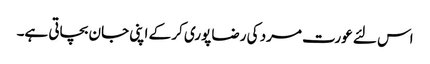
اس لئے عورت مرد کی رضا پوری کر کے اپنی جان بچاتی ہے۔